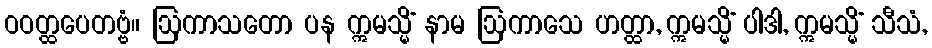
ဝဝတ္ထပေတဗ္ဗံ။ ဩကာသတော ပန ဣမသ္မိံ နာမ ဩကာသေ ဟတ္ထာ, ဣမသ္မိံ ပါဒါ, ဣမသ္မိံ သီသံ,